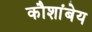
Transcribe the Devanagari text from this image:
कौशांबेय